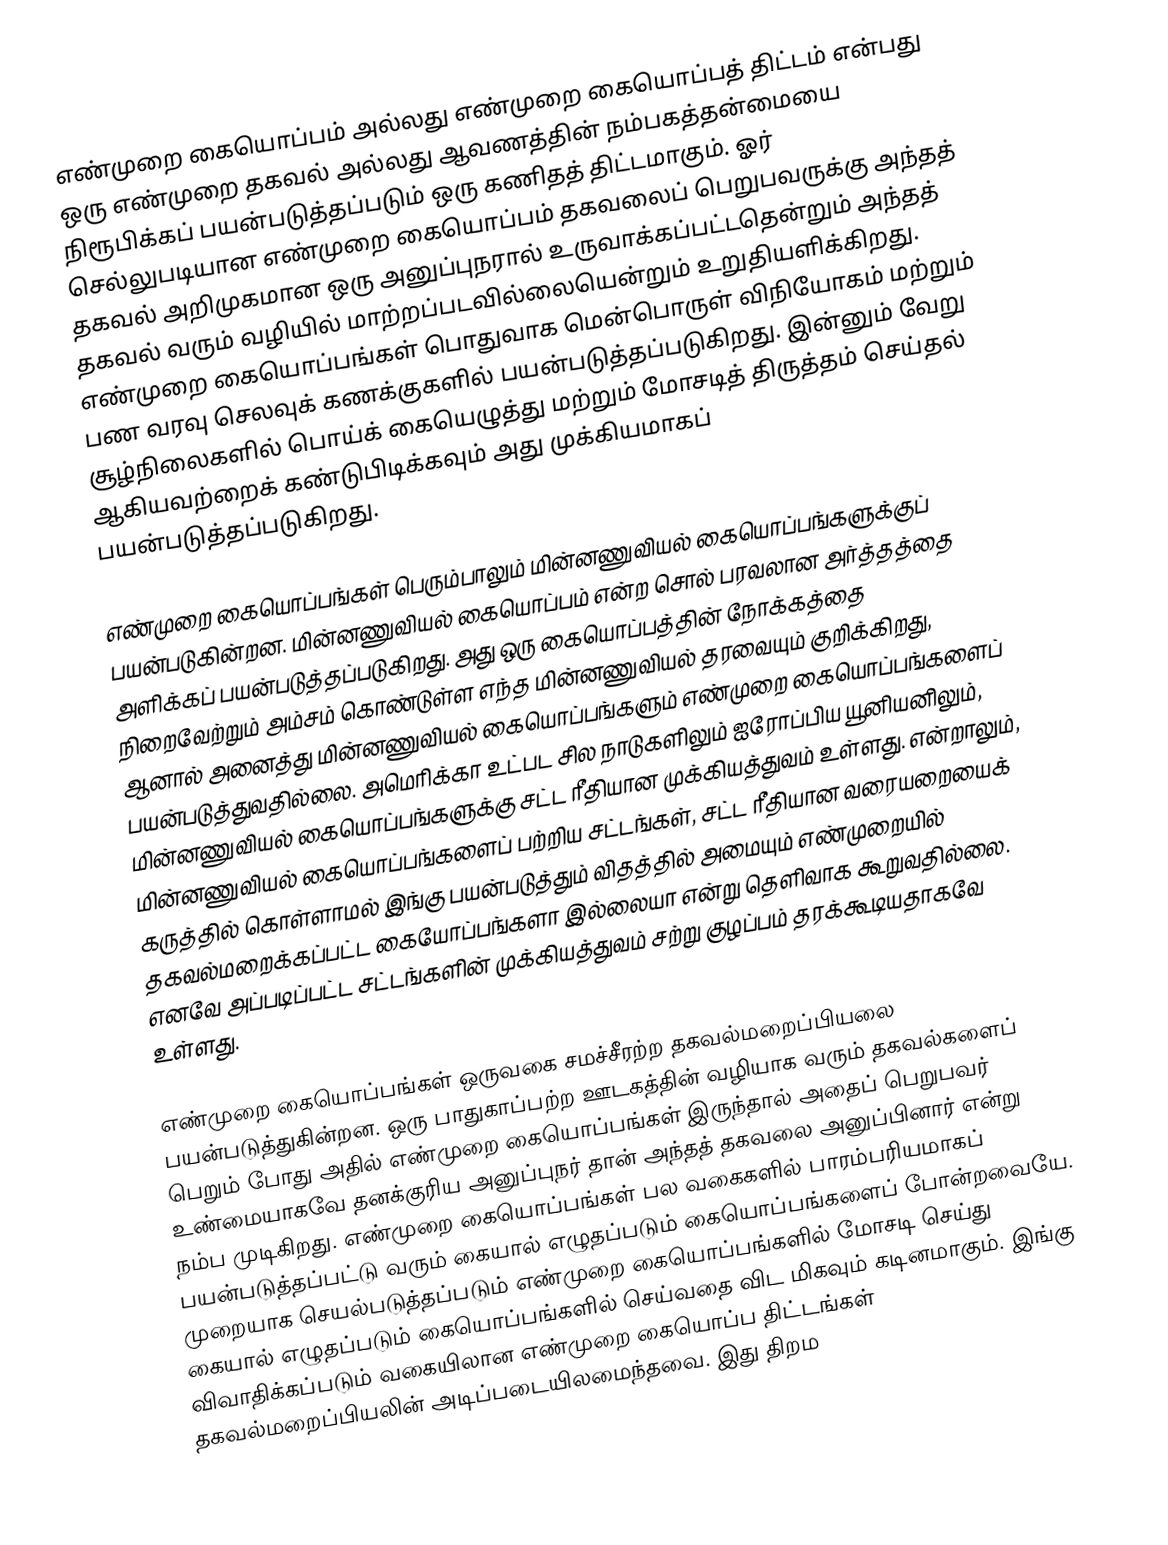
எண்முறை கையொப்பம் அல்லது எண்முறை கையொப்பத் திட்டம் என்பது ஒரு எண்முறை தகவல் அல்லது ஆவணத்தின் நம்பகத்தன்மையை நிரூபிக்கப் பயன்படுத்தப்படும் ஒரு கணிதத் திட்டமாகும். ஓர் செல்லுபடியான எண்முறை கையொப்பம் தகவலைப் பெறுபவருக்கு அந்தத் தகவல் அறிமுகமான ஒரு அனுப்புநரால் உருவாக்கப்பட்டதென்றும் அந்தத் தகவல் வரும் வழியில் மாற்றப்படவில்லையென்றும் உறுதியளிக்கிறது. எண்முறை கையொப்பங்கள் பொதுவாக மென்பொருள் விநியோகம் மற்றும் பண வரவு செலவுக் கணக்குகளில் பயன்படுத்தப்படுகிறது. இன்னும் வேறு சூழ்நிலைகளில் பொய்க் கையெழுத்து மற்றும் மோசடித் திருத்தம் செய்தல் ஆகியவற்றைக் கண்டுபிடிக்கவும் அது முக்கியமாகப் பயன்படுத்தப்படுகிறது.

எண்முறை கையொப்பங்கள் பெரும்பாலும் மின்னணுவியல் கையொப்பங்களுக்குப் பயன்படுகின்றன. மின்னணுவியல் கையொப்பம் என்ற சொல் பரவலான அர்த்தத்தை அளிக்கப் பயன்படுத்தப்படுகிறது. அது ஒரு கையொப்பத்தின் நோக்கத்தை நிறைவேற்றும் அம்சம் கொண்டுள்ள எந்த மின்னணுவியல் தரவையும் குறிக்கிறது, ஆனால் அனைத்து மின்னணுவியல் கையொப்பங்களும் எண்முறை கையொப்பங்களைப் பயன்படுத்துவதில்லை. அமெரிக்கா உட்பட சில நாடுகளிலும் ஐரோப்பிய யூனியனிலும், மின்னணுவியல் கையொப்பங்களுக்கு சட்ட ரீதியான முக்கியத்துவம் உள்ளது. என்றாலும், மின்னணுவியல் கையொப்பங்களைப் பற்றிய சட்டங்கள், சட்ட ரீதியான வரையறையைக் கருத்தில் கொள்ளாமல் இங்கு பயன்படுத்தும் விதத்தில் அமையும் எண்முறையில் தகவல்மறைக்கப்பட்ட கையோப்பங்களா இல்லையா என்று தெளிவாக கூறுவதில்லை. எனவே அப்படிப்பட்ட சட்டங்களின் முக்கியத்துவம் சற்று குழப்பம் தரக்கூடியதாகவே உள்ளது.

எண்முறை கையொப்பங்கள் ஒருவகை சமச்சீரற்ற தகவல்மறைப்பியலை பயன்படுத்துகின்றன. ஒரு பாதுகாப்பற்ற ஊடகத்தின் வழியாக வரும் தகவல்களைப் பெறும் போது அதில் எண்முறை கையொப்பங்கள் இருந்தால் அதைப் பெறுபவர் உண்மையாகவே தனக்குரிய அனுப்புநர் தான் அந்தத் தகவலை அனுப்பினார் என்று நம்ப முடிகிறது. எண்முறை கையொப்பங்கள் பல வகைகளில் பாரம்பரியமாகப் பயன்படுத்தப்பட்டு வரும் கையால் எழுதப்படும் கையொப்பங்களைப் போன்றவையே. முறையாக செயல்படுத்தப்படும் எண்முறை கையொப்பங்களில் மோசடி செய்து கையால் எழுதப்படும் கையொப்பங்களில் செய்வதை விட மிகவும் கடினமாகும். இங்கு விவாதிக்கப்படும் வகையிலான எண்முறை கையொப்ப திட்டங்கள் தகவல்மறைப்பியலின் அடிப்படையிலமைந்தவை. இது திறம